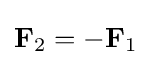
{\textstyle \mathbf {F} _{2}=-\mathbf {F} _{1}}